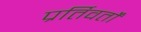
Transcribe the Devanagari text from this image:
प्रर्तिवर्तों